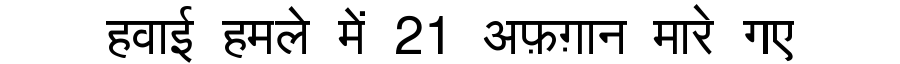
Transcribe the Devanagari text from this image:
हवाई हमले में 21 अफ़ग़ान मारे गए